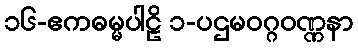
၁၆-ဧကဓမ္မပါဠိ ၁-ပဌမဝဂ္ဂဝဏ္ဏနာ